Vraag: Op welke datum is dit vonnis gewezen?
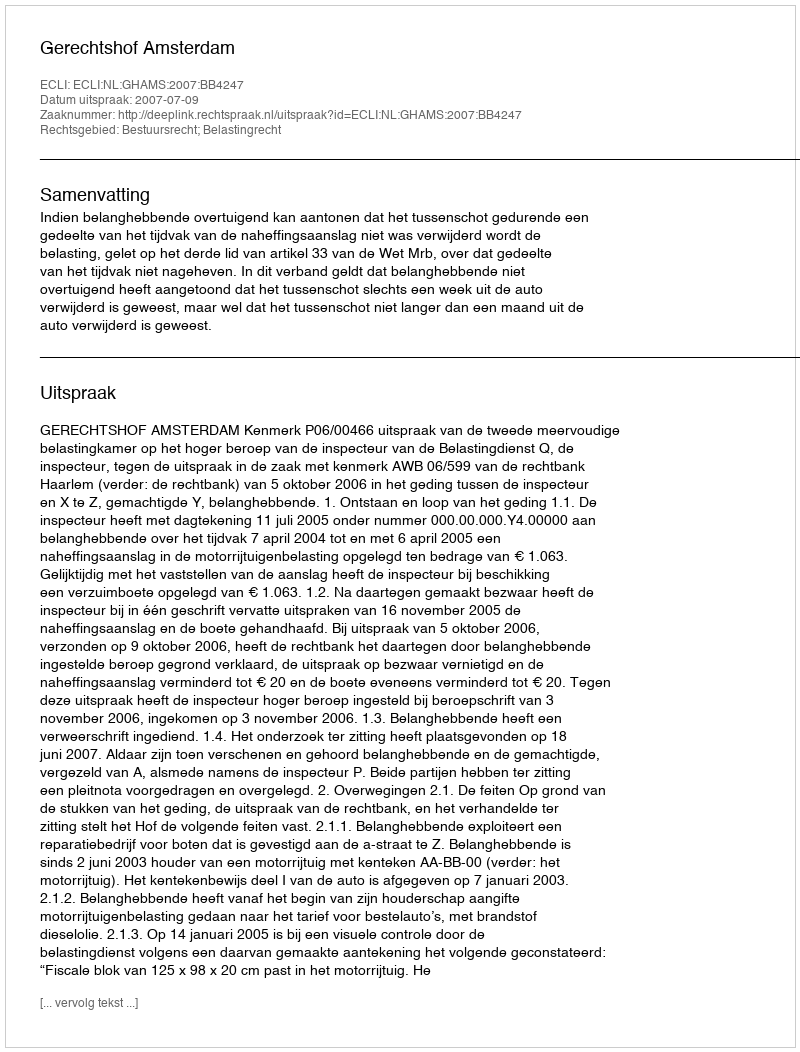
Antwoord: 2007-07-09